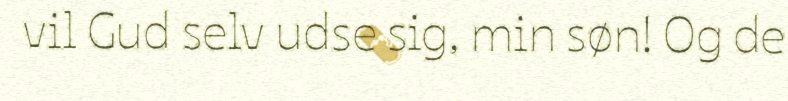
vil Gud selv udse sig, min søn! Og de